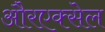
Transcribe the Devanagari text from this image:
औरएक्सेल